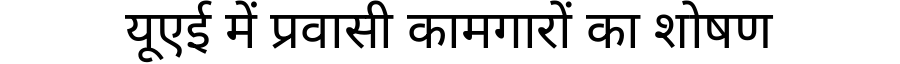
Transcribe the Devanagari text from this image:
यूएई में प्रवासी कामगारों का शोषण